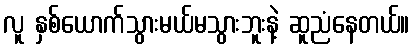
လူ နှစ်ယောက်သွားမယ်မသွားဘူးနဲ့ ဆူညံနေတယ်။